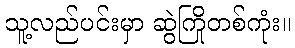
သူ့လည်ပင်းမှာ ဆွဲကြိုတစ်ကုံး။